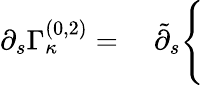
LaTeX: \partial_{s}\Gamma_{\kappa}^{(0,2)}=\quad\tilde{\partial}_{s}\Bigg\{